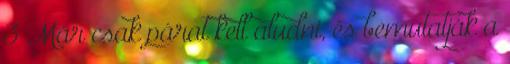
3 Már csak párat kell aludni, és bemutatják a